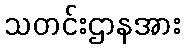
သတင်းဌာနအား